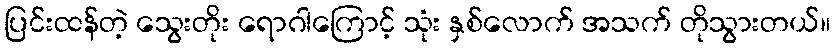
ပြင်းထန်တဲ့ သွေးတိုး ရောဂါကြောင့် သုံး နှစ်လောက် အသက် တိုသွားတယ်။